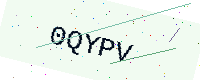
Text: 0QYPV